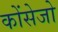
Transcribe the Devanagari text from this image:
कोंसेजो